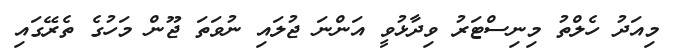
މިއަދު ހެލްތު މިނިސްޓަރު ވިދާޅުވީ އަންނަ ޖުލައި ނުވަތަ ޖޫން މަހުގެ ތެރޭގައި